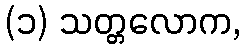
(၁) သတ္တလောက,